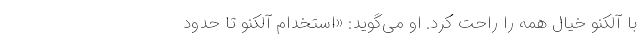
با آلکنو خیال همه را راحت کرد. او می‌گوید: «استخدام آلکنو تا حدود